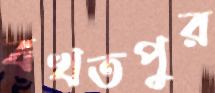
বখতপুর